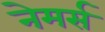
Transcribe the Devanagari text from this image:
नेमर्स